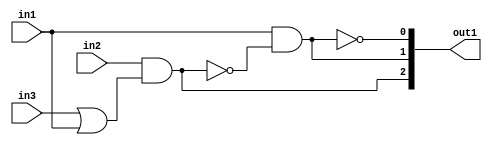
`timescale 1ps / 1ps
/*****************************************************************************
    Verilog RTL Description
    
    
    Created by: Stratus DpOpt 2019.1.04 
*******************************************************************************/

module fir_gen_busy_r_4_0 (
	in1,
	in2,
	in3,
	out1
	); /* architecture "behavioural" */ 
input  in1,
	in2,
	in3;
output [2:0] out1;
wire  asc003,
	asc004,
	asc006,
	asc008,
	asc010;
wire [2:0] asc011;

assign asc004 = 
	(in3)
	|(in1);

assign asc003 = 
	(in2)
	&(asc004);

assign asc008 = 
	((~asc003));

assign asc006 = 
	(in1)
	&(asc008);

assign asc010 = 
	((~asc006));

assign asc011 = {asc003,asc006,asc010};

assign out1 = asc011;
endmodule

/* CADENCE  uLn2TAw= : u9/ySgnWtBlWxVbRXgAU4eg= ** DO NOT EDIT THIS LINE ******/